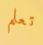
تعلم